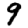
Digit: 9